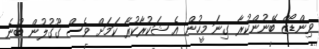
ވިންޑޯޒް ބޭނުންކުރާ ގިނަ މީހުން އެ ޝަކުރާކުރާ ކަމަށް ވެސް ގޫގުލުން ބުނެ